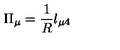
\Pi _ { \mu } = \frac { 1 } { R } l _ { \mu 4 }